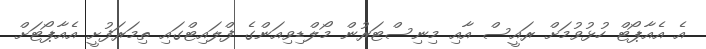
އެ އެއާޕޯޓް ހުޅުވުމަށް ރައީސް އާއި މިނިސްޓަރުން މޯލްޑިވިއަންގެ ފްލައިޓްގައި ތިމަރަފުށީ އެއާޕޯޓަށް